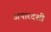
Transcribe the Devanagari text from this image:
अपारदशी